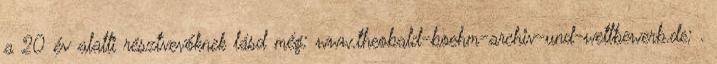
a 20 év alatti résztvevőknek lásd még: www.theobald-boehm-archiv-und-wettbewerb.de; .